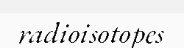
radioisotopes